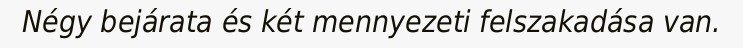
Négy bejárata és két mennyezeti felszakadása van.